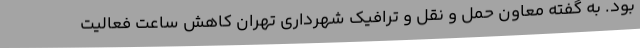
بود. به گفته معاون حمل و نقل و ترافیک شهرداری تهران کاهش ساعت فعالیت